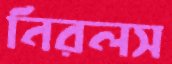
নিরলস